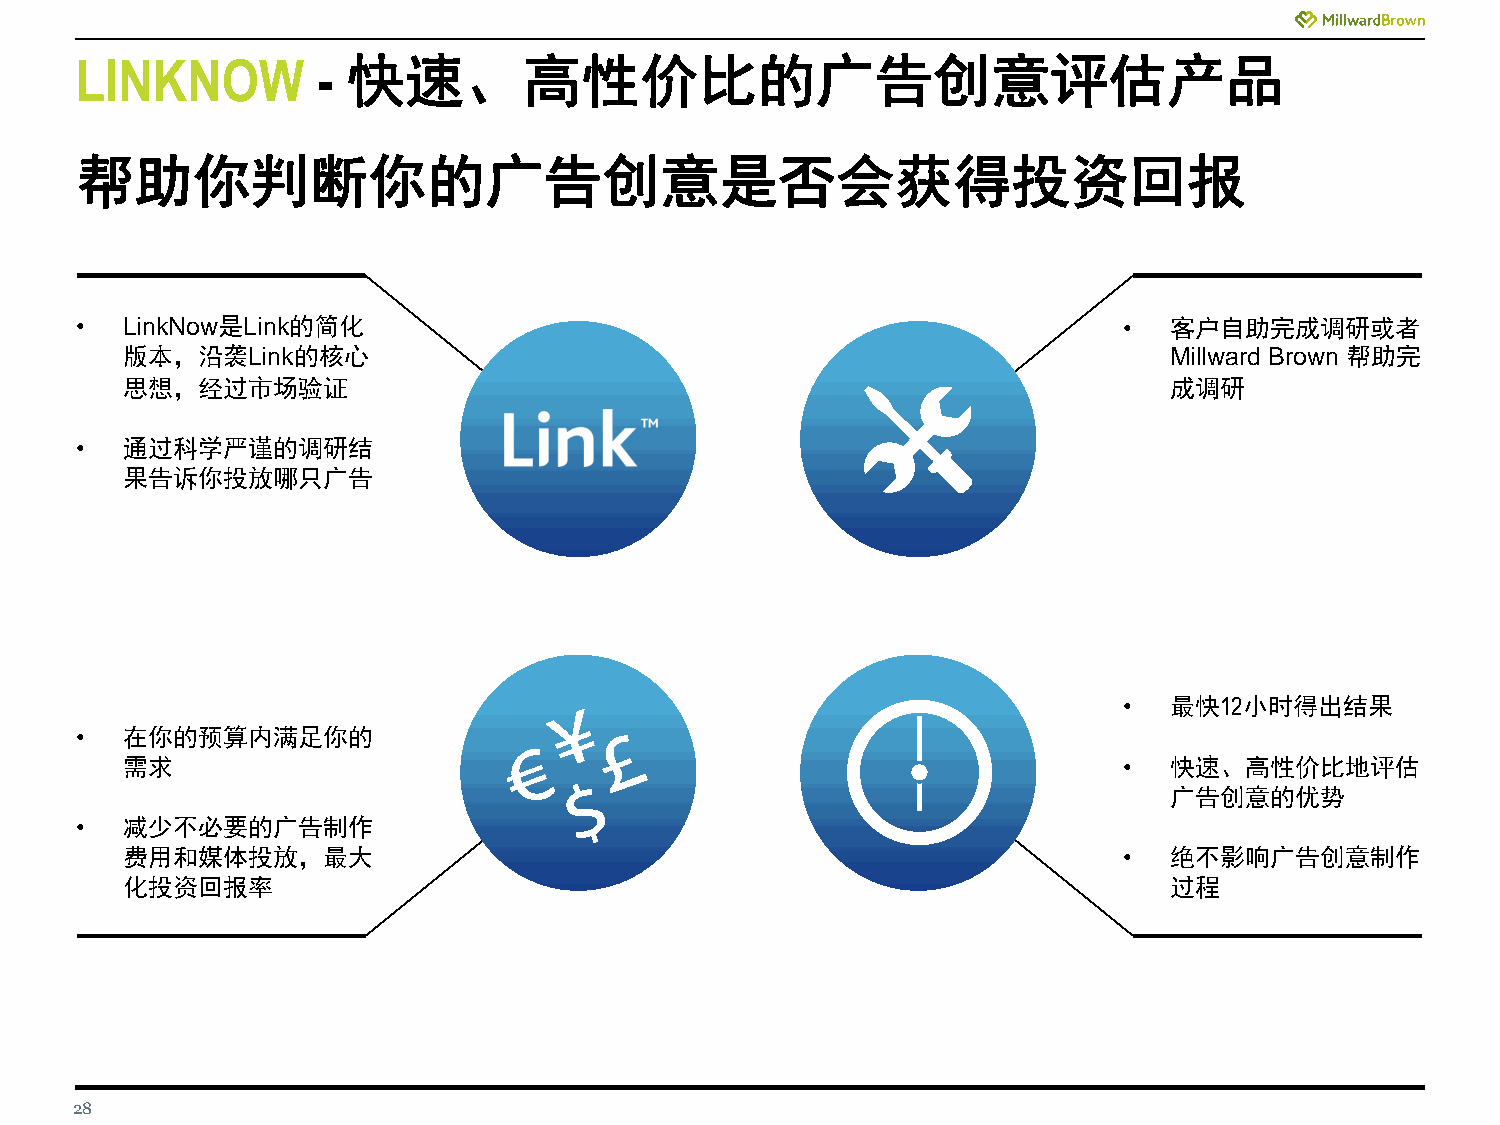
LINKNOW         - 快速、高性价比的广告创意评估产品
 帮助你判断你的广告创意是否会获得投资回报
 •  LinkNow是Link的简化                                                   •  客户自助完成调研或者
 版本，沿袭Link的核心                                                         Millward Brown 帮助完
 思想，经过市场验证                                                            成调研
 •  通过科学严谨的调研结
 果告诉你投放哪只广告
 •  最快12小时得出结果
 •  在你的预算内满足你的
 需求                                                                •  快速、高性价比地评估
 广告创意的优势
 •  减少不必要的广告制作
 费用和媒体投放，最大                                                        •  绝不影响广告创意制作
 化投资回报率                                                               过程
 28